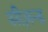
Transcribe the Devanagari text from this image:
सीज़न्ड